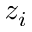
z _ { i }